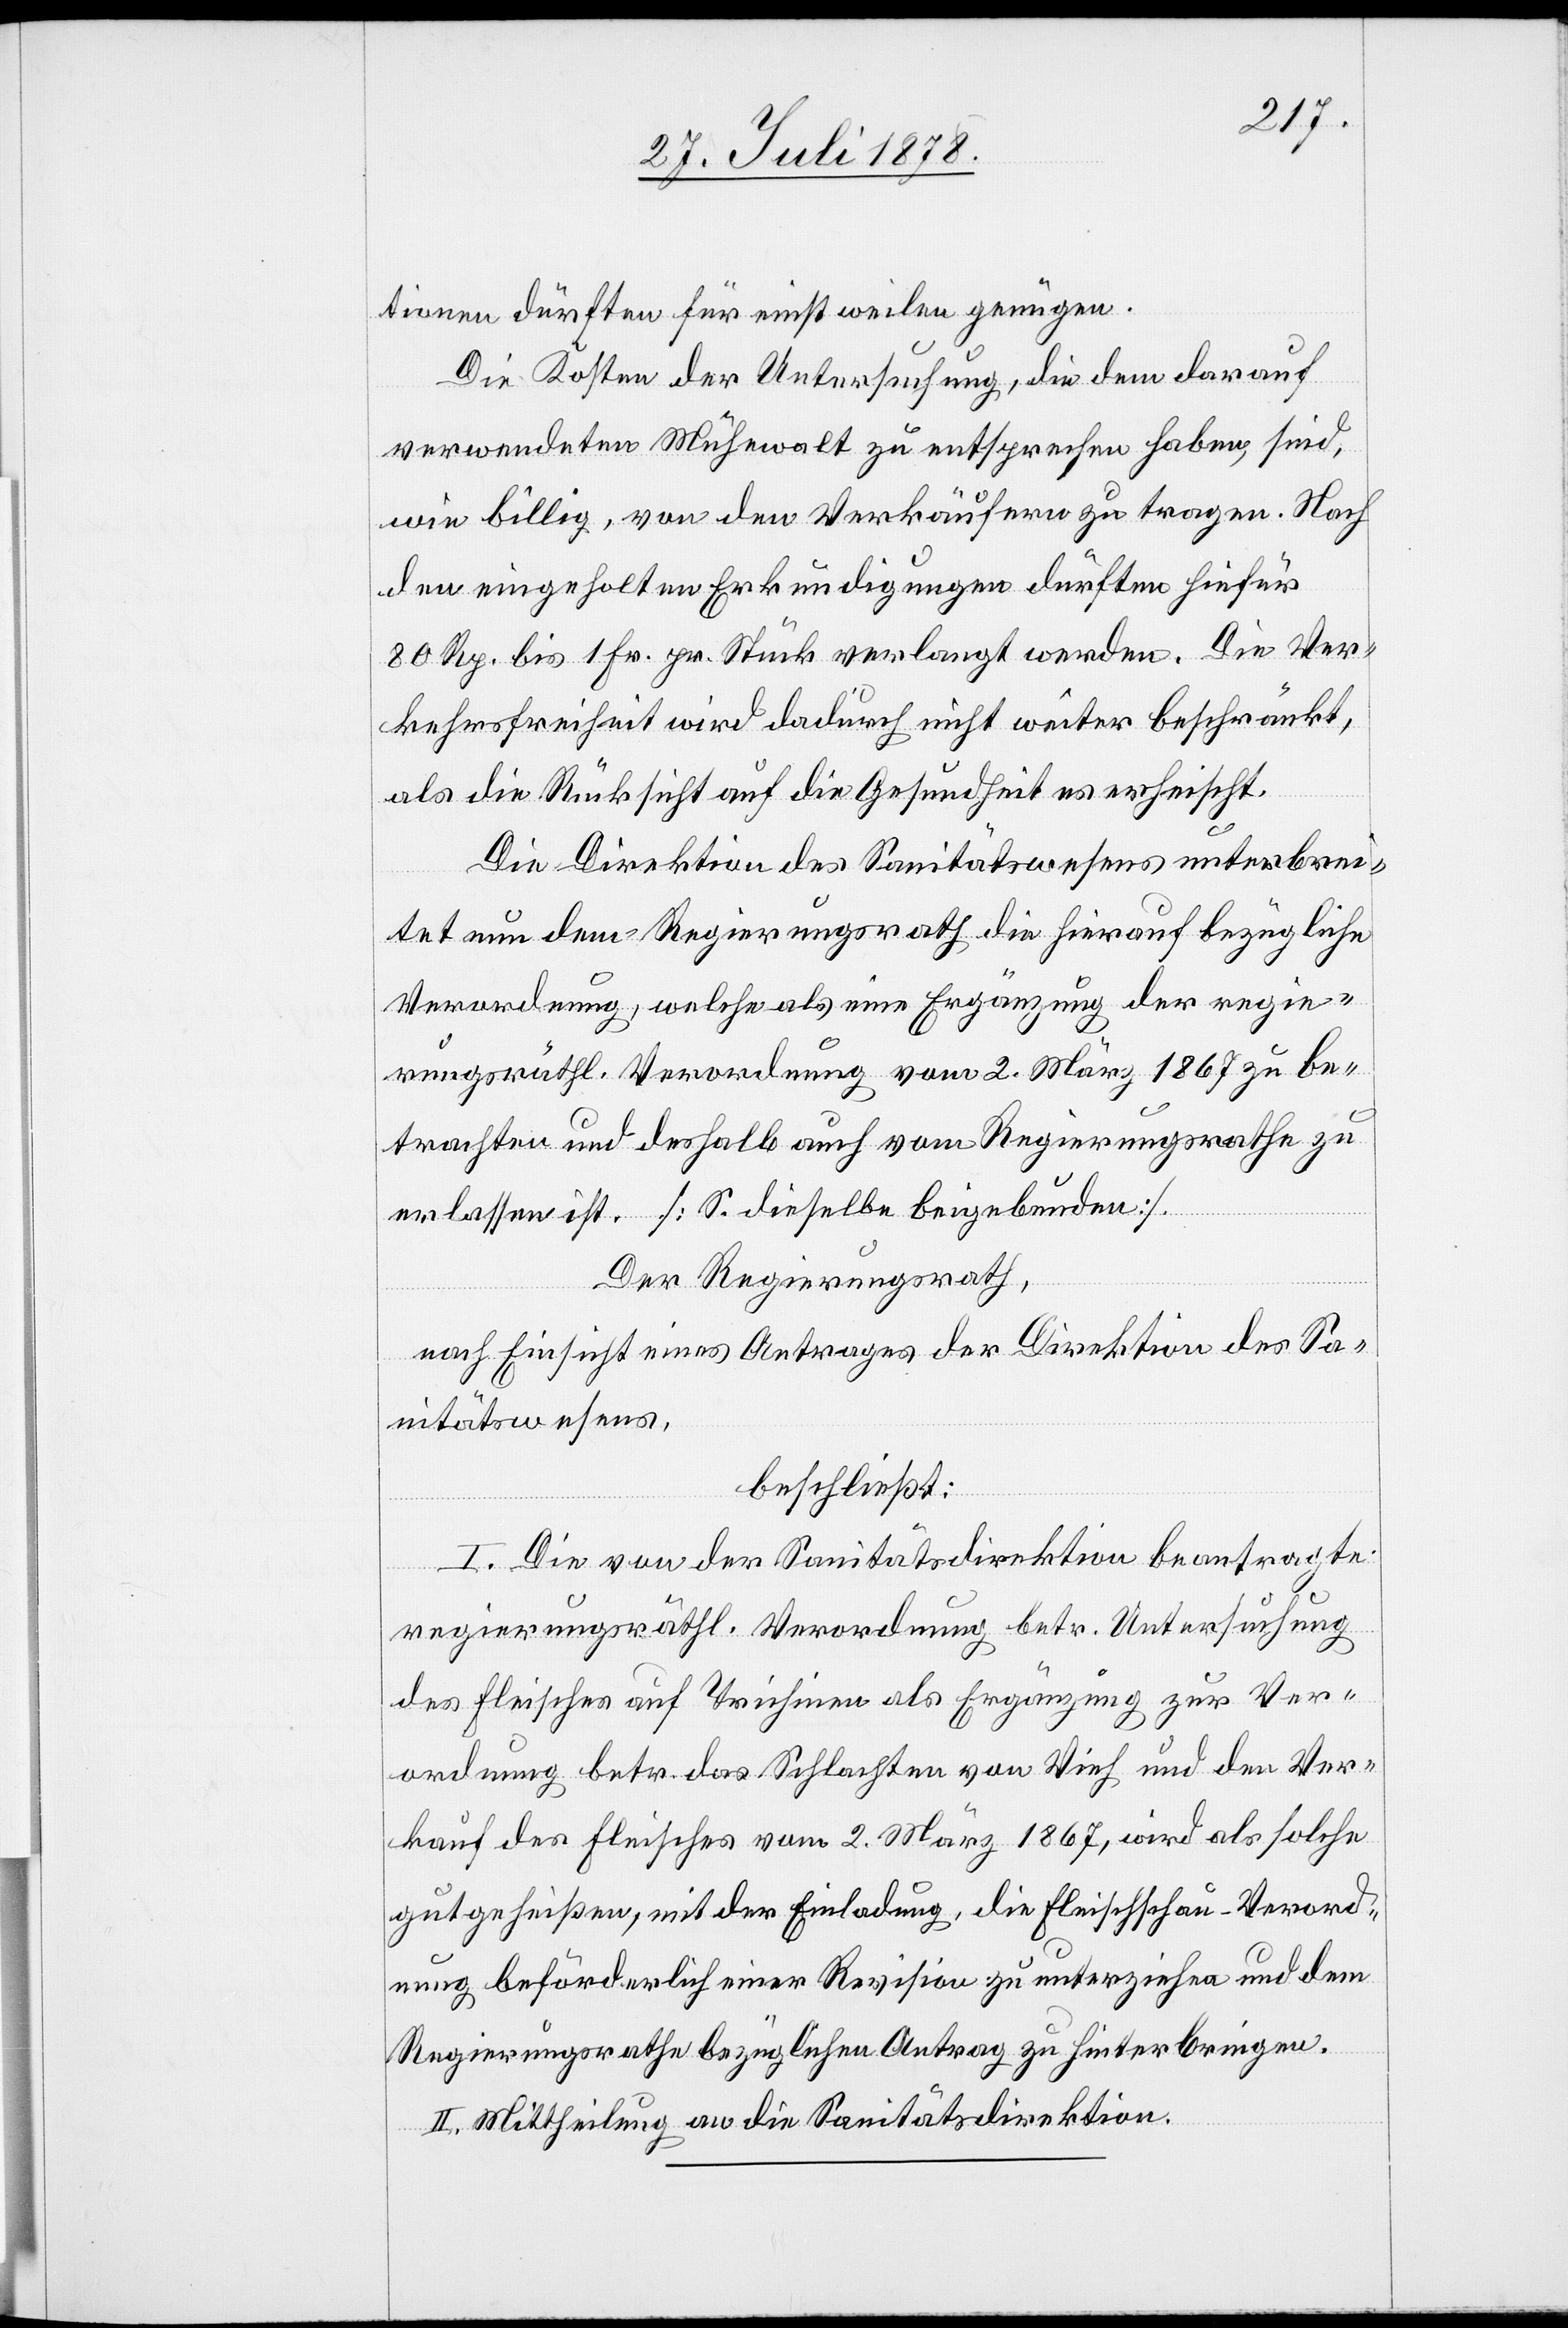
tionen dürften für einstweilen genügen.
Die Kosten der Untersuchung, die dem darauf
verwendeten Mühewalt zu entsprechen haben, sind,
wie billig, von den Verkäufern zu tragen. Nach
den eingeholten Erkundigungen dürften hiefür
80 Rp. bis 1 Fr. pr. Stück verlangt werden. Die Ver¬
kehrsfreiheit wird dadurch nicht weiter beschränkt,
als die Rücksicht auf die Gesundheit es erheischt.
Die Direktion des Sanitätswesens unterbrei¬
tet nun dem Regierungsrath die hierauf bezügliche
Verordnung, welche als eine Ergänzung der regie¬
rungsräthl. Verordnung vom 2. März 1867 zu be¬
trachten und deshalb auch vom Regierungsrathe zu
erlassen ist. [S. dieselbe beigebunden].
Der Regierungsrath,
nach Einsicht eines Antrages der Direktion des Sa¬
nitätswesens,
beschließt:
I. Die von der Sanitätsdirektion beantragte
regierungsräthl. Verordnung betr. Untersuchung
des Fleisches auf Trichinen als Ergänzung zur Ver¬
ordnung betr. das Schlachten von Vieh und den Ver¬
kauf des Fleisches vom 2. März 1867, wird als solche
gutgeheißen, mit der Einladung, die Fleischschau-Verord¬
nung beförderlich einer Revision zu unterziehen und dem
Regierungsrathe bezüglichen Antrag zu hinterbringen.
II. Mittheilung an die Sanitätsdirektion.